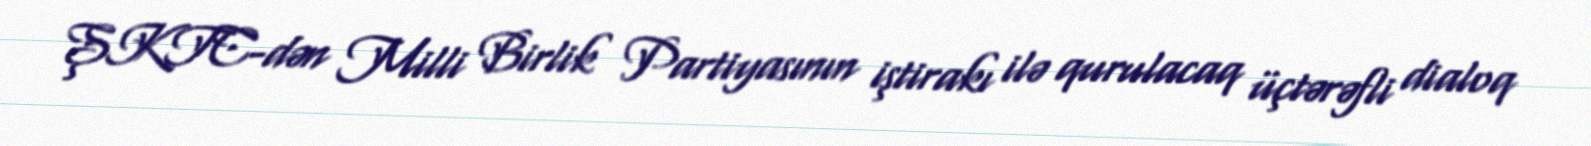
ŞKTC-dən Milli Birlik Partiyasının iştirakı ilə qurulacaq üçtərəfli dialoq